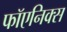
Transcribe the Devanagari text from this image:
फॉएनिक्स